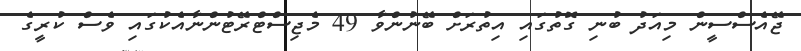
ޖޭއެސްސީން މިއަދު ބުނި ގޮތުގައި އިތުރަށް ބޭނުންވާ 49 މެޖިސްޓްރޭޓުންނާއެކުގައި ވެސް ކުރީގެ